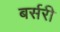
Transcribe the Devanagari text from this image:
बर्सरी